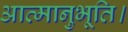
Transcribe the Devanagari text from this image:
आत्मानुभूति।